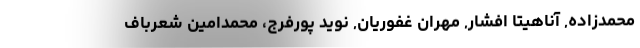
محمدزاده, آناهیتا افشار, مهران غفوریان, نوید پورفرج، محمدامین شعرباف